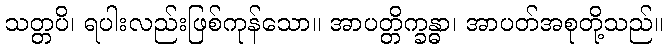
သတ္တပိ၊ ရပါးလည်းဖြစ်ကုန်သော။ အာပတ္တိက္ခန္ဓာ၊ အာပတ်အစုတို့သည်။